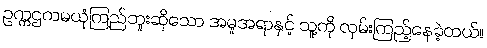
ဥက္ကဌကမယုံကြည်ဘူးဆိုသော အမူအရာနှင့် သူ့ကို လှမ်းကြည့်နေခဲ့တယ်။